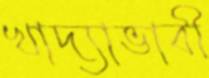
খাদ্যাভাবী